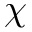
\chi